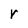
Character: r